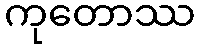
ကုတောဿ